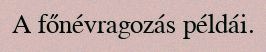
A főnévragozás példái.